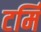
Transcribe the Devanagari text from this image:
टर्मि